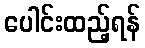
ပေါင်းထည့်ရန်